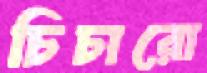
চিচারো